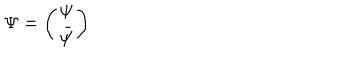
\Psi = \left( \begin{matrix} { { \psi } } \\ { { \bar { \psi } } } \\ \end{matrix} \right)